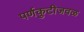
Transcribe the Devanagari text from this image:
पर्णकुटीजवळ